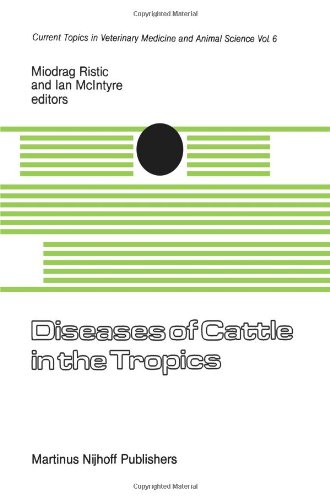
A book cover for Diseases of Cattle in the Tropics: Economic and Zoonotic Relevance (Current Topics in Veterinary Medicine); Medical Books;